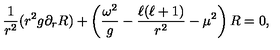
\frac { 1 } { r ^ { 2 } } ( r ^ { 2 } g \partial _ { r } R ) + \left( \frac { \omega ^ { 2 } } { g } - \frac { \ell ( \ell + 1 ) } { r ^ { 2 } } - \mu ^ { 2 } \right) R = 0 ,